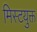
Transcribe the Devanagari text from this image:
मिस्टयुक्त